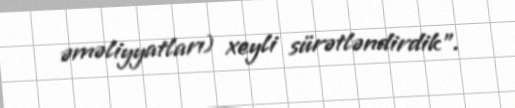
əməliyyatları) xeyli sürətləndirdik”.